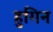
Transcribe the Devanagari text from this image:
हुगिन